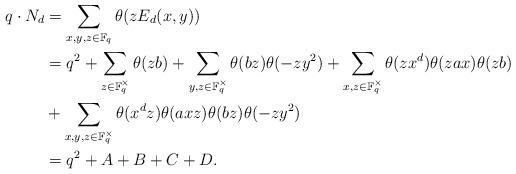
LaTeX: \begin{align*}q\cdot N_d&=\sum_{x,y,z\in\mathbb{F}_q}\theta(zE_d(x,y))\\&=q^2+\sum_{z\in\mathbb{F}_{q}^{\times}}\theta(zb)+\sum_{y,z\in\mathbb{F}_{q}^{\times}}\theta(bz)\theta(-zy^2)+\sum_{x,z\in\mathbb{F}_{q}^{\times}}\theta(zx^d)\theta(zax)\theta(zb)\\&+\sum_{x,y,z\in\mathbb{F}_{q}^{\times}}\theta(x^dz)\theta(axz)\theta(bz)\theta(-zy^2)\\&=q^2+A+B+C+D.\end{align*}